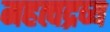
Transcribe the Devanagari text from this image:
महत्वद्रव्य